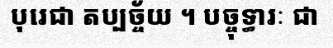
បុរេជា តប្បច្ច័យ ។ បច្ចុទ្ធារៈ ជា